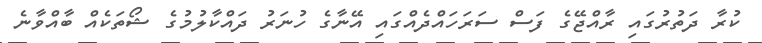
ކުރާ ދަތުރުގައި ރާއްޖޭގެ ފަސް ސަރަހައްދެއްގައި އޭނާގެ ހުނަރު ދައްކާލުމުގެ ޝޯތަކެއް ބާއްވާނެ